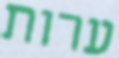
ערות